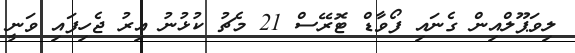
ލިވަޕޫލްއިން ގެނައި ފޯވާޑް ޓޮރޭސް 21 މެޗު ކުޅުނު އިރު ޖެހިފައި ވަނީ